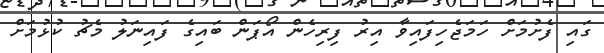
ގައި ފެށުމަށް ހަމަޖެހިފައިވާ އިރު ފިރިހެން އޯޕަން ބައިގެ ފައިނަލު މެޗު ކުޅުމަށް